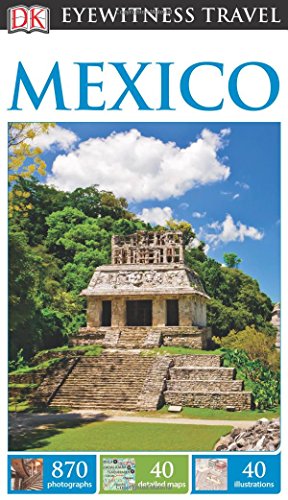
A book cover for DK Eyewitness Travel Guide: Mexico; DK Publishing; Travel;